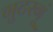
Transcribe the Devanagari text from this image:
गुटरगूं